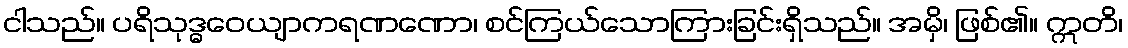
ငါသည်။ ပရိသုဒ္ဓဝေယျာကရဏဏော၊ စင်ကြယ်သောကြားခြင်းရှိသည်။ အမှိ၊ ဖြစ်၏။ ဣတိ၊